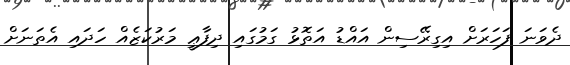
ދެވަނަ ފަހަރަށް އިގިރޭސިން އައްޑު އަތޮޅު ގަމުގައި ދިފާޢީ މަރުކަޒެއް ހަދައި އެތަނަށް